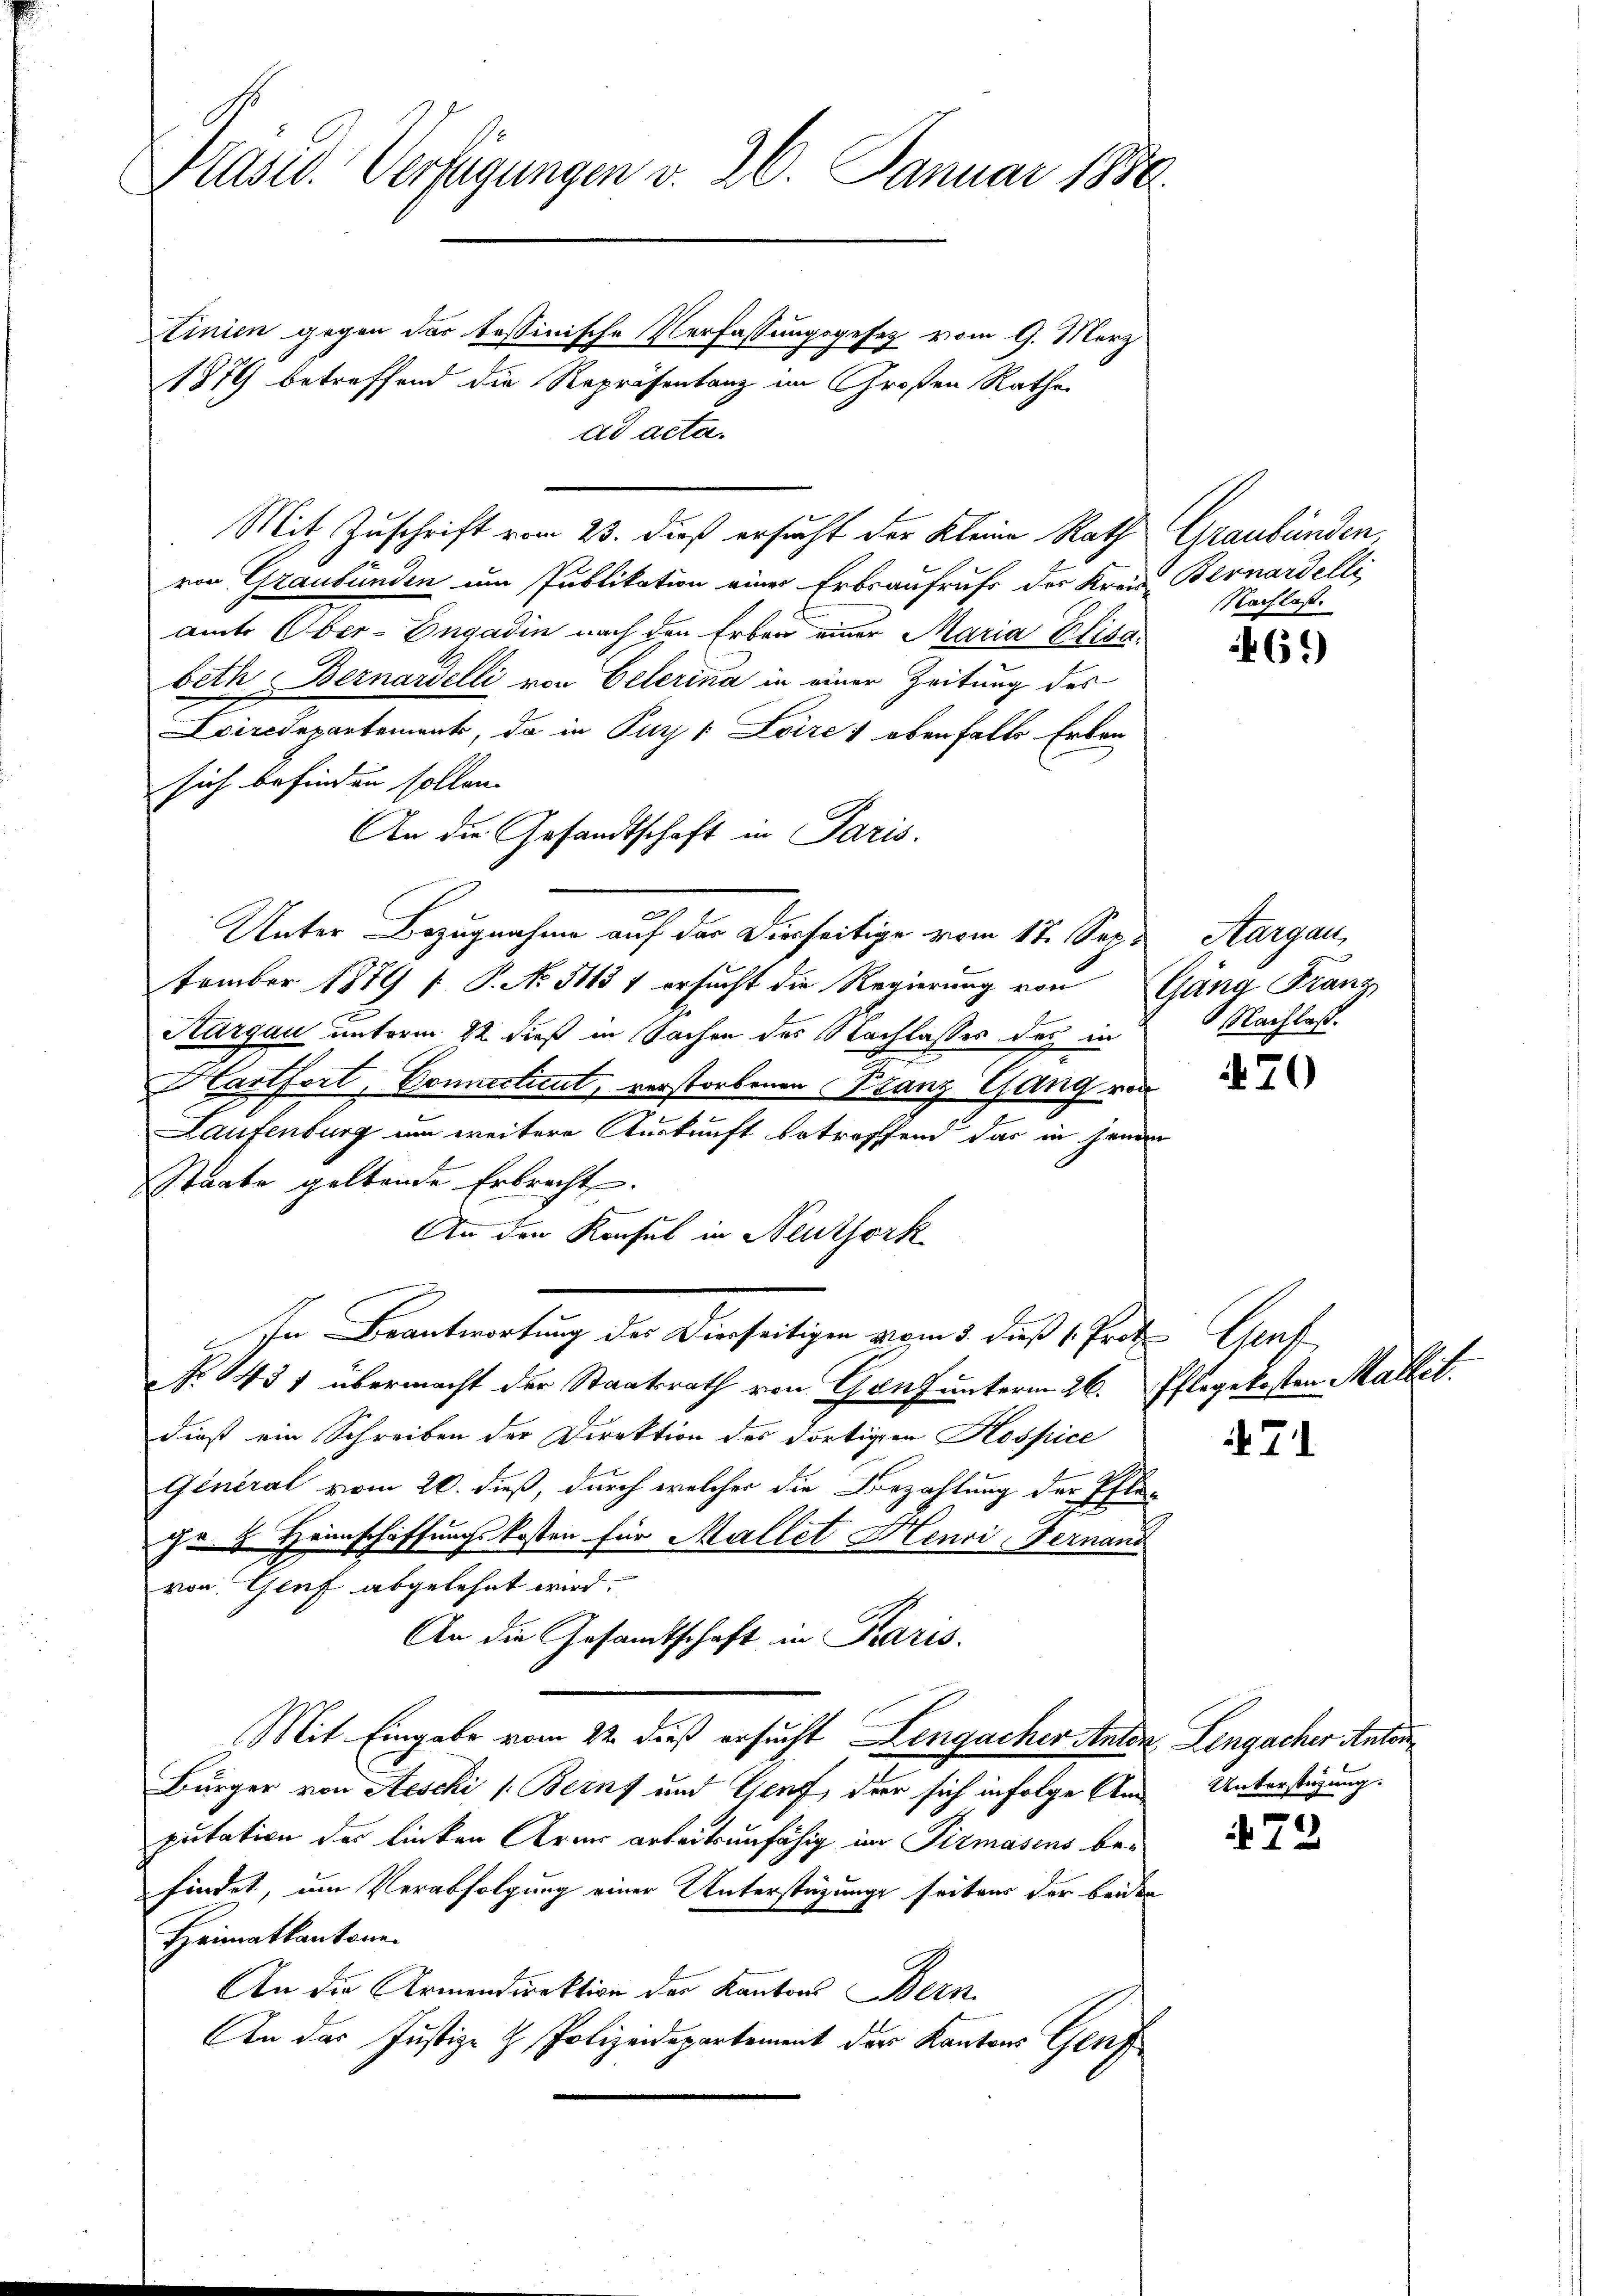
Präsid. Verfügungen v. 26. Januar 1890.

Einien gegen der tessinische Verfassungsgesetz vom 9. März
A
1879 betreffend die Repräsentanz im Großen Rathe
ad acta.

Mit Zuschrift vom 23. dieß ersucht der Kleine Rath Graubünden,
von Graubünden um Publikation einer Erbsaufrufs der Kreis Bernardelle
amts Ober-Engadin nach den Erben einer Maria Elisabeth Bernarelli von Celerina in einer Zeitung des
Loircdepartement, da in Purgs Loire ; ebenfalls Erben-
sich befinden sollen. |
An die Gesandtschaft in Paris.
e
Unter Bezugnahme auf der Dierseitige vom 17. Sep. Aargau,
tember 1879 [ P. No. 5113 f ersucht die Regierung von Gang Franz
Kargau unterm 22 dieß in Sachen des Nachlasses das in
Hartfort, Connecticut, verstorbenen Franz Gang von
Laufenburg um weitere Auskunft betreffend das in jene
Staate geltende Erbrecht.
An den Konsul in Neuthork
In Beantwortung des Dierseitigen vom 3. daß 1. Prof. Genf
No 1434 übermacht der Staatsrath von Genf unterm 26.
dieß ein Schreiben der Direktion des dortigen Hospice
Général vom 20. dieß, durch welcher die Bezahlung der Pfla-
ge 2. Heimschaffungskosten für Mallet Henri, Vernand
von Genf abgelehnt wird.
An die Gesandtschaft in Karis.
Mit Eingabe vom 22. dieß ersucht Lengacher Anton Lengacher Anton
Bürger von Aeschi (Bern und Genf, der sich infolge Amputation der linken Armes arbeitsunfähig im Pirmasens befindet, um Verabfolgung einer Unterstüzungs seitens der beiden
Heimatkantone.
An die Armendirektion der Kantons Bern,
An der Justiz- & Polizeidepartement der Kantons Genf

Nachlaß.

69)

Nachlaß.

70

Pflegekosten Maltet.
71

Unterstüzung.

72